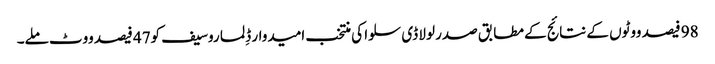
98 فیصد ووٹوں کے نتائج کے مطابق صدر لولا ڈی سلوا کی منتخب امیدوار ڈِلما روسیف کو47 فیصد ووٹ ملے۔